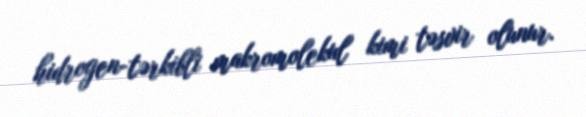
hidrogen-tərkibli makromolekul kimi təsvir olunur.